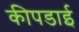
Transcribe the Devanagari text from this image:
कीपडाई